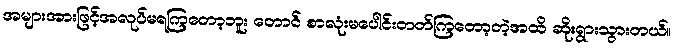
အများအားဖြင့်အလုပ်မရကြတော့ဘူး တောင် စာလုံးမပေါင်းတတ်ကြတော့တဲ့အထိ ဆိုးရွားသွားတယ်။